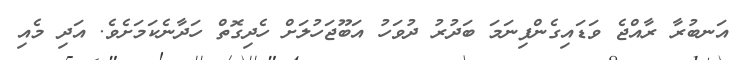
އަނބުރާ ރާއްޖެ ވަޑައިގެންފިނަމަ ބަދުރު ދުވަހު އަބޫޖަހުލަށް ހެދިގޮތް ހަދާނެކަމަށެވެ. އަދި މެއި